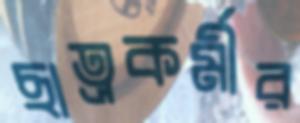
ছাত্রকর্মীর